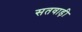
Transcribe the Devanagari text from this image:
सतवाड़ी